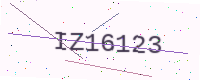
Text: IZ16123